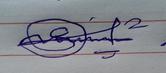
Signature authenticity: genuine